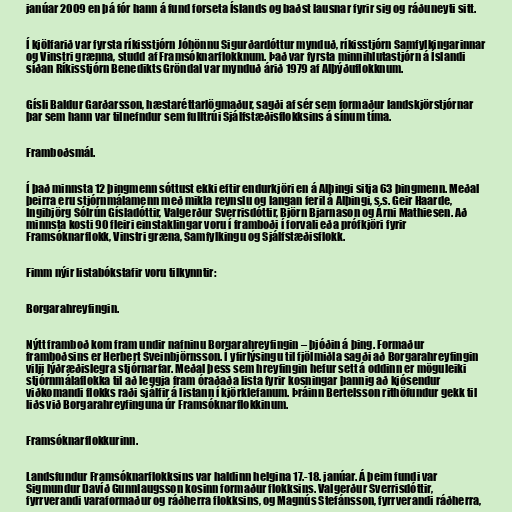
janúar 2009 en þá fór hann á fund forseta Íslands og baðst lausnar fyrir sig og ráðuneyti sitt.

Í kjölfarið var fyrsta ríkisstjórn Jóhönnu Sigurðardóttur mynduð, ríkisstjórn Samfylkingarinnar
og Vinstri grænna, studd af Framsóknarflokknum. Það var fyrsta minnihlutastjórn á Íslandi
síðan Ríkisstjórn Benedikts Gröndal var mynduð árið 1979 af Alþýðuflokknum.

Gísli Baldur Garðarsson, hæstaréttarlögmaður, sagði af sér sem formaður landskjörstjórnar
þar sem hann var tilnefndur sem fulltrúi Sjálfstæðisflokksins á sínum tíma.

Framboðsmál.

Í það minnsta 12 þingmenn sóttust ekki eftir endurkjöri en á Alþingi sitja 63 þingmenn. Meðal
þeirra eru stjórnmálamenn með mikla reynslu og langan feril á Alþingi, s.s. Geir Haarde,
Ingibjörg Sólrún Gísladóttir, Valgerður Sverrisdóttir, Björn Bjarnason og Árni Mathiesen. Að
minnsta kosti 90 fleiri einstaklingar voru í framboði í forvali eða prófkjöri fyrir
Framsóknarflokk, Vinstri græna, Samfylkingu og Sjálfstæðisflokk.

Fimm nýir listabókstafir voru tilkynntir:

Borgarahreyfingin.

Nýtt framboð kom fram undir nafninu Borgarahreyfingin – þjóðin á þing. Formaður
framboðsins er Herbert Sveinbjörnsson. Í yfirlýsingu til fjölmiðla sagði að Borgarahreyfingin
vilji lýðræðislegra stjórnarfar. Meðal þess sem hreyfingin hefur sett á oddinn er möguleiki
stjórnmálaflokka til að leggja fram óraðaða lista fyrir kosningar þannig að kjósendur
viðkomandi flokks raði sjálfir á listann í kjörklefanum. Þráinn Bertelsson rithöfundur gekk til
liðs við Borgarahreyfinguna úr Framsóknarflokkinum.

Framsóknarflokkurinn.

Landsfundur Framsóknarflokksins var haldinn helgina 17.-18. janúar. Á þeim fundi var
Sigmundur Davíð Gunnlaugsson kosinn formaður flokksins. Valgerður Sverrisdóttir,
fyrrverandi varaformaður og ráðherra flokksins, og Magnús Stefánsson, fyrrverandi ráðherra,